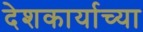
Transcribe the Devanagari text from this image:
देशकार्याच्या